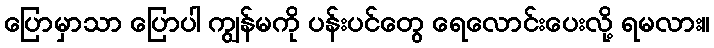
ပြောမှာသာ ပြောပါ ကျွန်မကို ပန်းပင်တွေ ရေလောင်းပေးလို့ ရမလား။